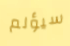
سيؤلم